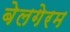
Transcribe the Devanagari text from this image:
बेलगेरम